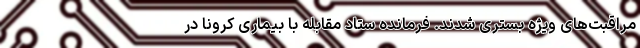
مراقبت‌های ویژه بستری شدند. فرمانده ستاد مقابله با بیماری کرونا در